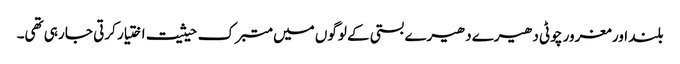
بلند اور مغرور چوٹی دھیرے دھیرے بستی کے لوگوں میں متبرک حیثیت اختیار کرتی جا رہی تھی۔